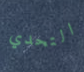
التحدي